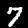
Label: 7